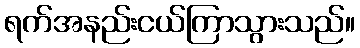
ရက်အနည်းငယ်ကြာသွားသည်။